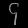
Digit: ၄